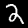
Digit: 2